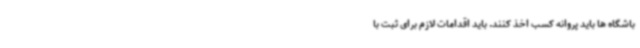
باشگاه ها باید پروانه کسب اخذ کنند. باید اقدامات لازم برای ثبت با